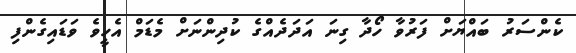
ކެންސަރު ބައްޔަށް ފަރުވާ ހޯދާ ގިނަ އަދަދެއްގެ ކުދިންނަށް މެޑަމް އެހީވެ ވަޑައިގެންފި